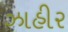
ઝાહીર